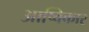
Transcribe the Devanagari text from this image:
आष्विकार